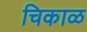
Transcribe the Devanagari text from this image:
चिकाळ